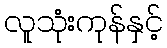
လူသုံးကုန်နှင့်